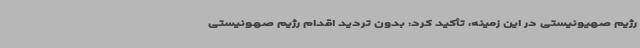
رژیم صهیونیستی در این زمینه، تأکید کرد: بدون تردید اقدام رژیم صهونیستی